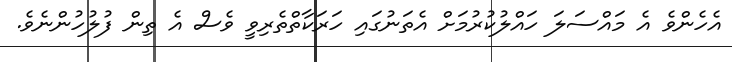
އެހެންވެ އެ މައްސަލަ ހައްލުކުރުމަށް އެތަނުގައި ހަރަކާތްތެރިވީ ވެސް އެ ތިން ފުލުހުންނެވެ.